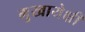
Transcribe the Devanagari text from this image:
मुखायेक्षी